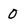
Character: 0